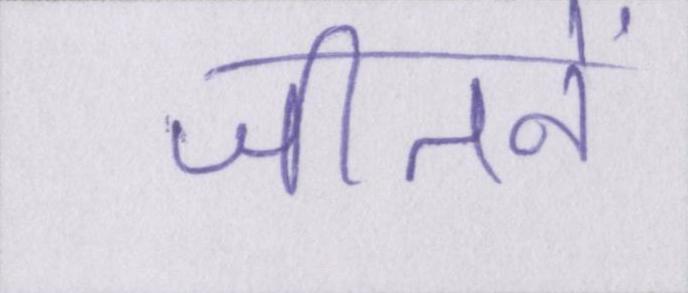
जीतनें